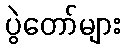
ပွဲတော်များ